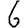
Digit: 6